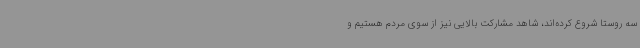
سه روستا شروع کرده‌اند، شاهد مشارکت بالایی نیز از سوی مردم هستیم و